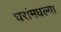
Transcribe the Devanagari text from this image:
घरांमधल्या